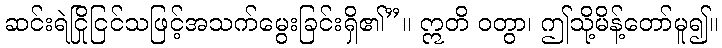
ဆင်းရဲငြိုငြင်သဖြင့်အသက်မွေးခြင်းရှိ၏”။ ဣတိ ဝတွာ၊ ဤသို့မိန့်တော်မူ၍။